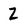
Character: Z